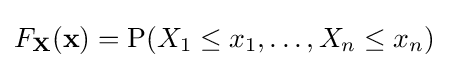
F_{\mathbf {X} }(\mathbf {x} )=\operatorname {P} (X_{1}\leq x_{1},\ldots ,X_{n}\leq x_{n})